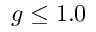
g \leq 1 . 0